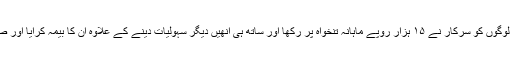
ناریل توڑنے والے اس قسم کے ۲۰ لوگوں کو سرکار نے ۱۵ ہزار روپے ماہانہ تنخواہ پر رکھا اور ساتھ ہی انھیں دیگر سہولیات دینے کے علاوہ ان کا بیمہ کرایا اور صحت سے متعلق سہولیات فراہم کیں۔